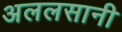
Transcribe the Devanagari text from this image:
अललसानी